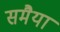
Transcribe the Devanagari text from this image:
समैया